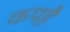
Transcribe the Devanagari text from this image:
कपहै